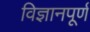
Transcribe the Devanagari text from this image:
विज्ञानपूर्ण